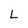
Character: L